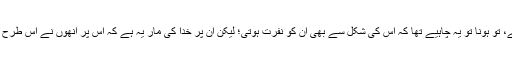
جس طرح صلیب، کہ ان کے عقیدہ کے مطابق اس پر حضرت عیسیٰ علیہ السلام کو سولی دی گئی ہے، تو ہونا تو یہ چاہیے تھا کہ اس کی شکل سے بھی ان کو نفرت ہوتی؛ لیکن ان پر خدا کی مار یہ ہے کہ اس پر انھوں نے اس طرح تقدس کا غازہ چڑھایا کہ وہ ان کے نزدیک مقدس شے بن کر ان کے مقدس مقامات کی زینت بن گئی۔